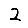
Digit: 2